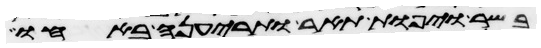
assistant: בשר ויפות תאר ותריענה באחו